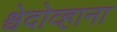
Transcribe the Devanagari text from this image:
श्वेदोव्हाना